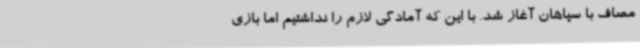
مصاف با سپاهان آغاز شد. با این که آمادگی لازم را نداشتیم اما بازی